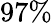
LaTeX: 97\%